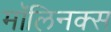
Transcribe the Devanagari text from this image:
मॉलिनक्स